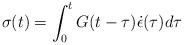
LaTeX: \begin{align*} \sigma(t)=\int_0^t{G(t-\tau)\dot{\epsilon}(\tau)d\tau}\end{align*}